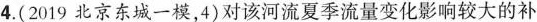
4.(2019北京东城一模，4)对该河流夏季流量变化影响较大的补